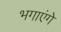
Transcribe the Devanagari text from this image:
भगाएंगे